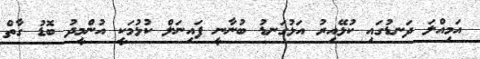
އަމިއްލަ ދަނޑުގައި ކުޅޭއިރު އަޅުގަނޑު ބުނާނީ ފައިނަލް ކުޅުމަކީ އުންމީދު ބޮޑު ގާތް